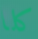
كلا